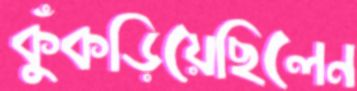
কুঁকড়িয়েছিলেন